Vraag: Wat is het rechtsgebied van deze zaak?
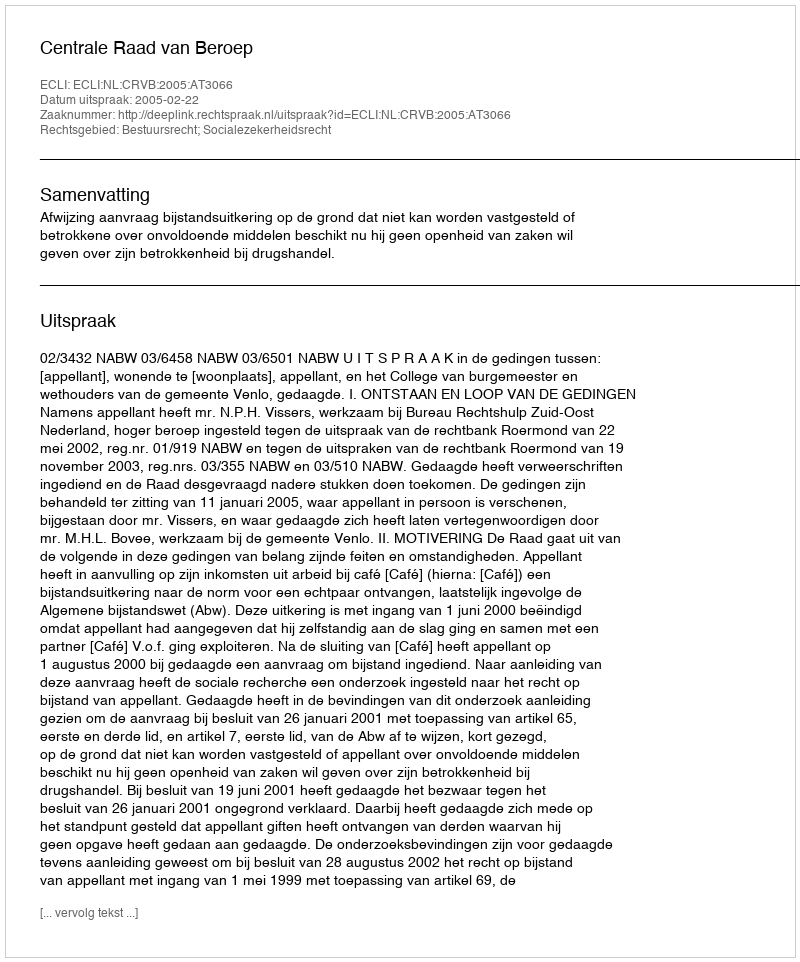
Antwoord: Bestuursrecht; Socialezekerheidsrecht